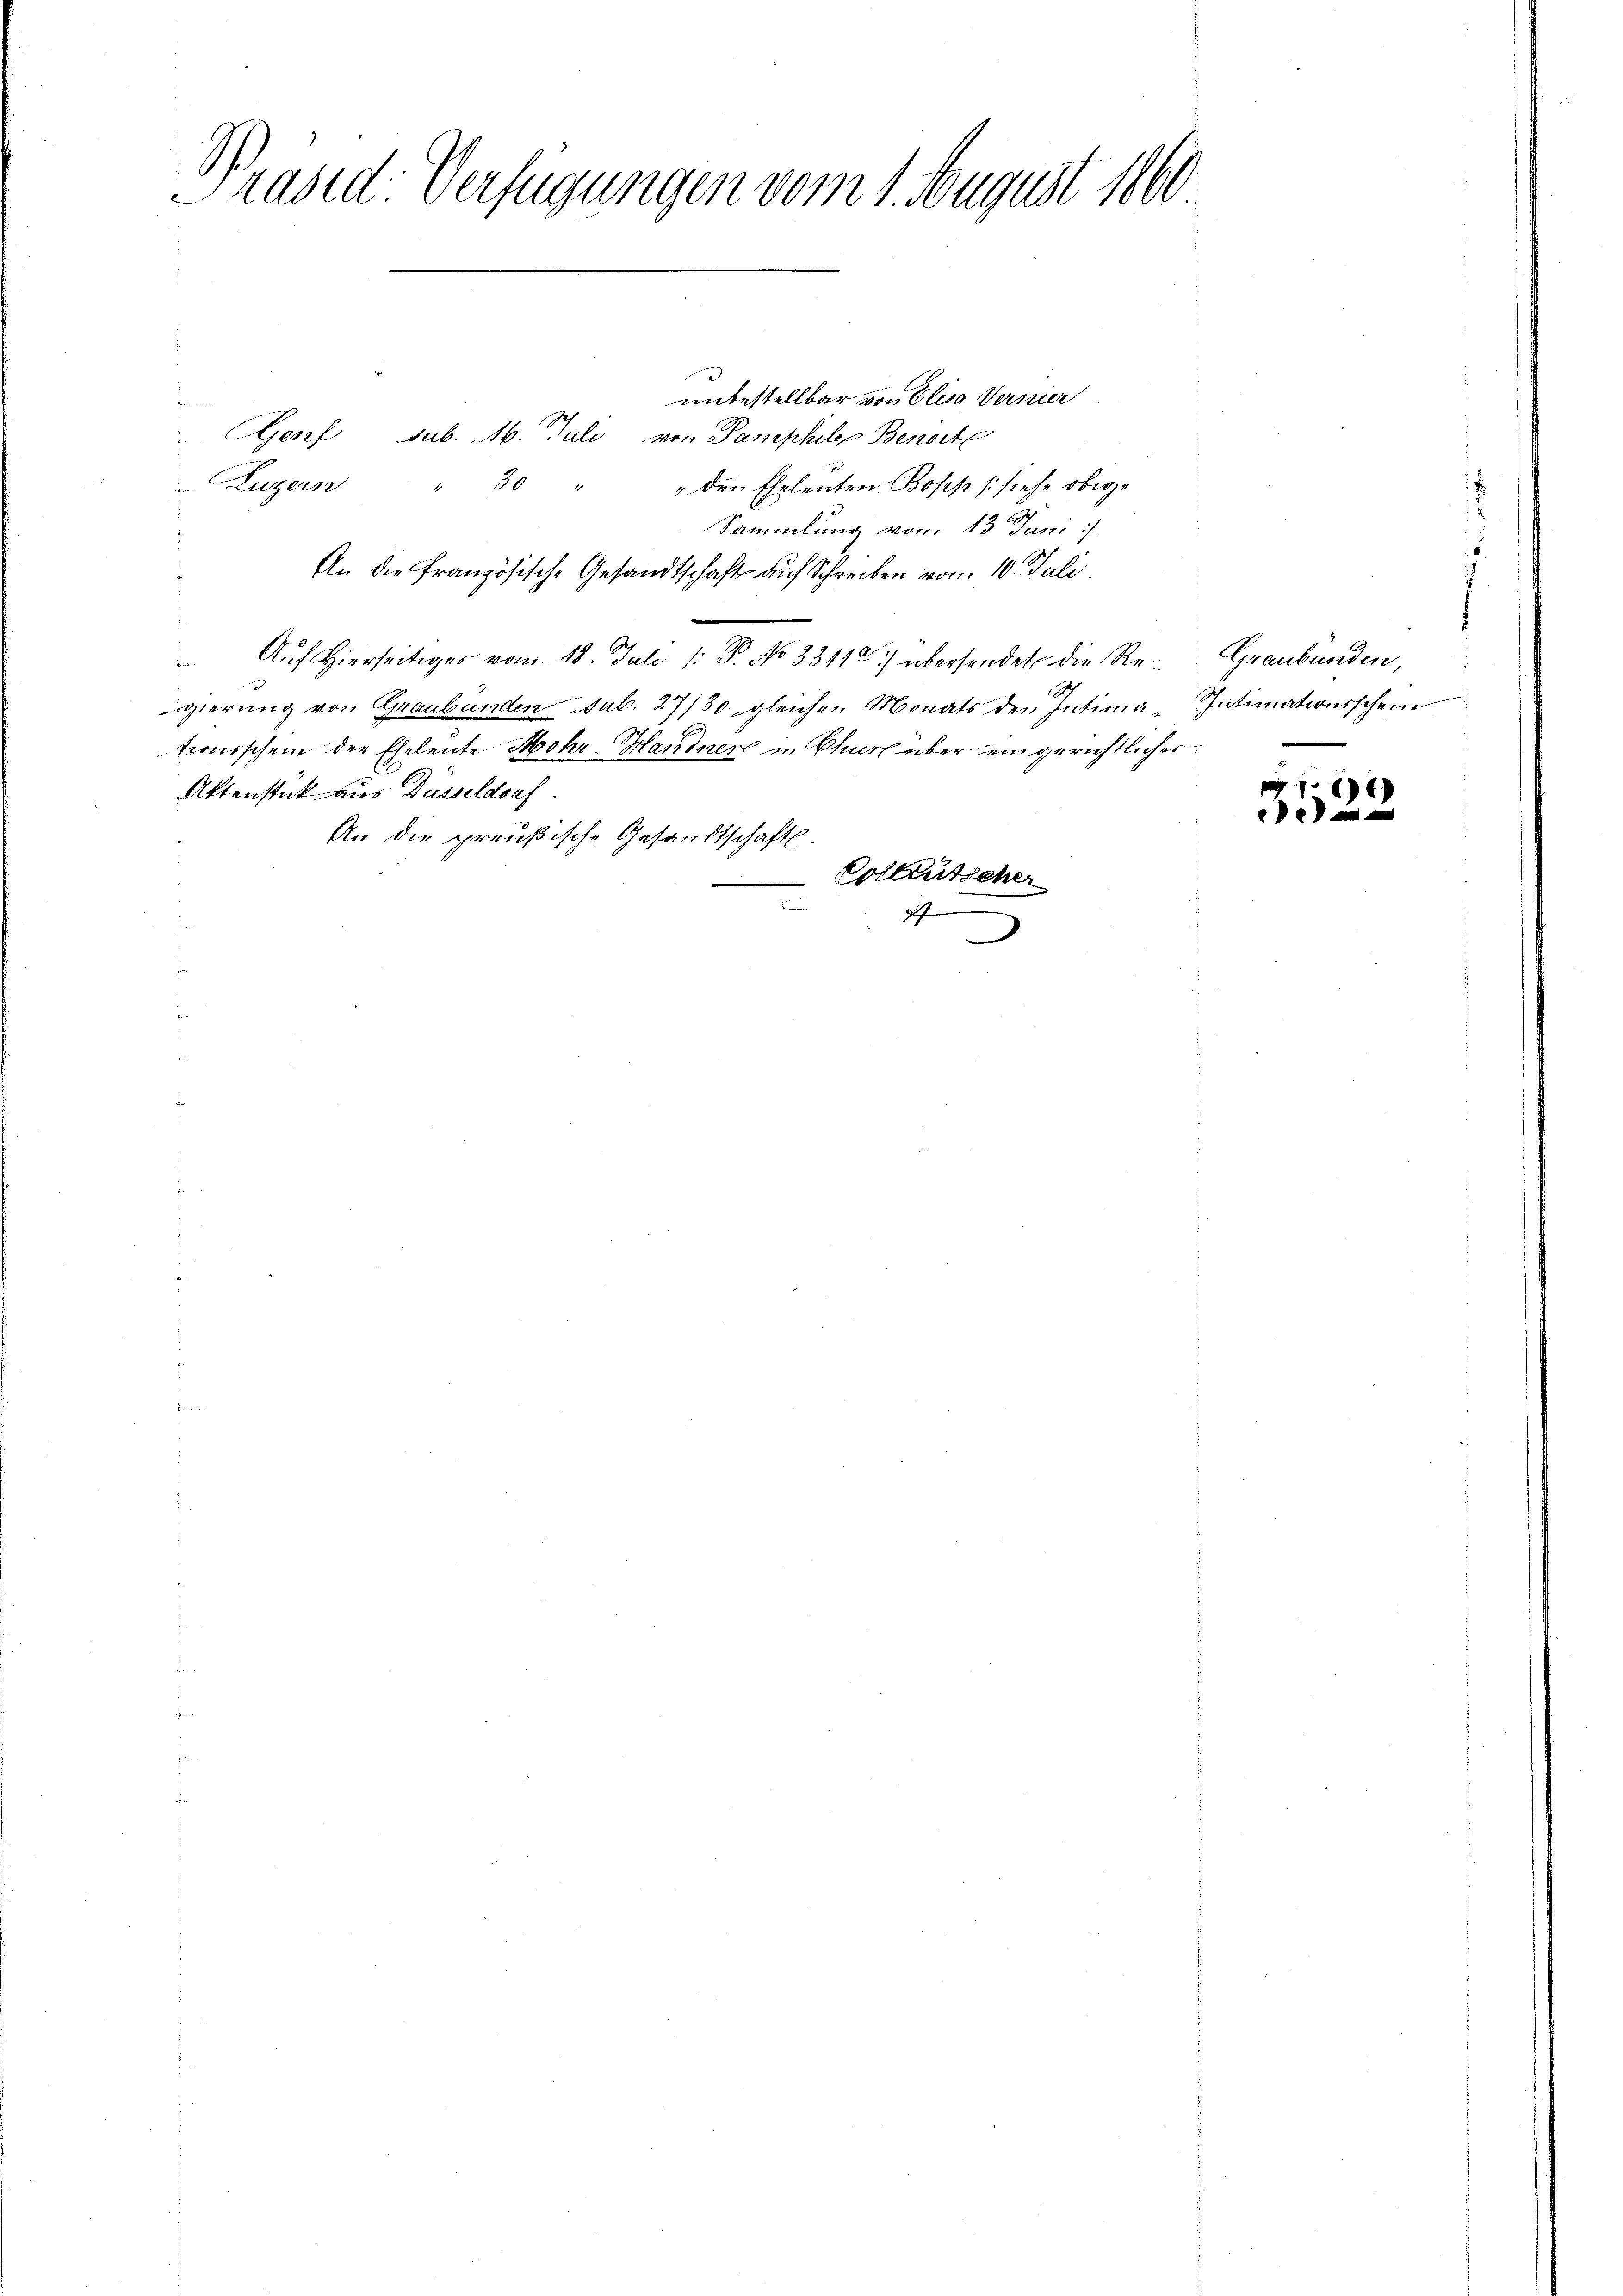
Präsid. Verfügungen vom 1. August 1860

unbestellbar von Elisa Vernier
d
Gjosef Sub. M. Juli von Pamphele Benorte
Luzern " 30 " " den Eheleuten Bosch (siehe obige
Sammlung vom 13. Juni /
An die französische Gesandtschaft auf Schreiben vom 10. Juli.

 Auf Hierseitiges vom 18. Juli 1: P. No 83112) übersendet die Regierung von Graubünden sub. 27/30 gleichen Monats den Intima- Intimationsschein
tronischem der Eheleute Mehr-Handner in Chur über ein gerichtlicher
Aktenstück aus Dasseldorf.
An die preußische Gesandtschaft.
Collentscher
2
.

Graubünden,

x
e